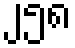
၂၅၈